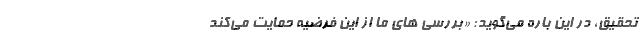
تحقیق، در این باره می‌گوید: «بررسی های ما از این فرضیه حمایت می‌کند